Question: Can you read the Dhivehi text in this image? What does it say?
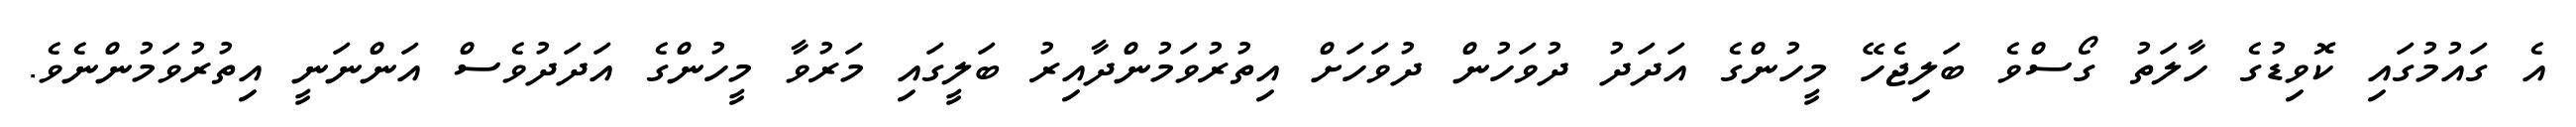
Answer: އެ ގައުމުގައި ކޮވިޑުގެ ހާލަތު ގޯސްވެ ބަލިޖެހޭ މީހުންގެ އަދަދު ދުވަހުން ދުވަހަށް އިތުރުވަމުންދާއިރު ބަލީގައި މަރުވާ މީހުންގެ އަދަދުވެސް އަންނަނީ އިތުރުވަމުންނެވެ.